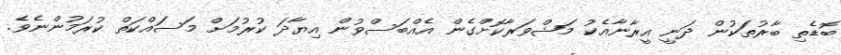
ބޮޑެތި ބާރުތަކުން ދަނީ އީރާނާއެކު މަޝްވަރާކޮށްގެން އެއްބަސްވުން އިޔާދަ ކުރުމަށް މަސައްކަތް ކުރަމުންނެވެ.